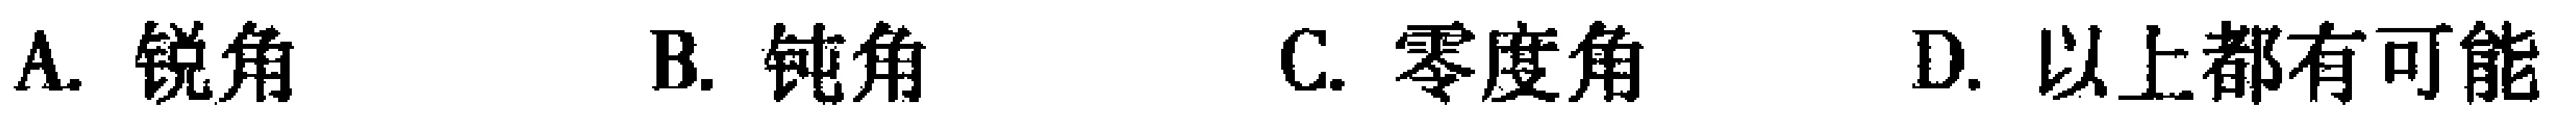
A. 锐角  B. 钝角  C. 零度角  D. 以上都有可能